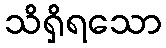
သိရှိရသော